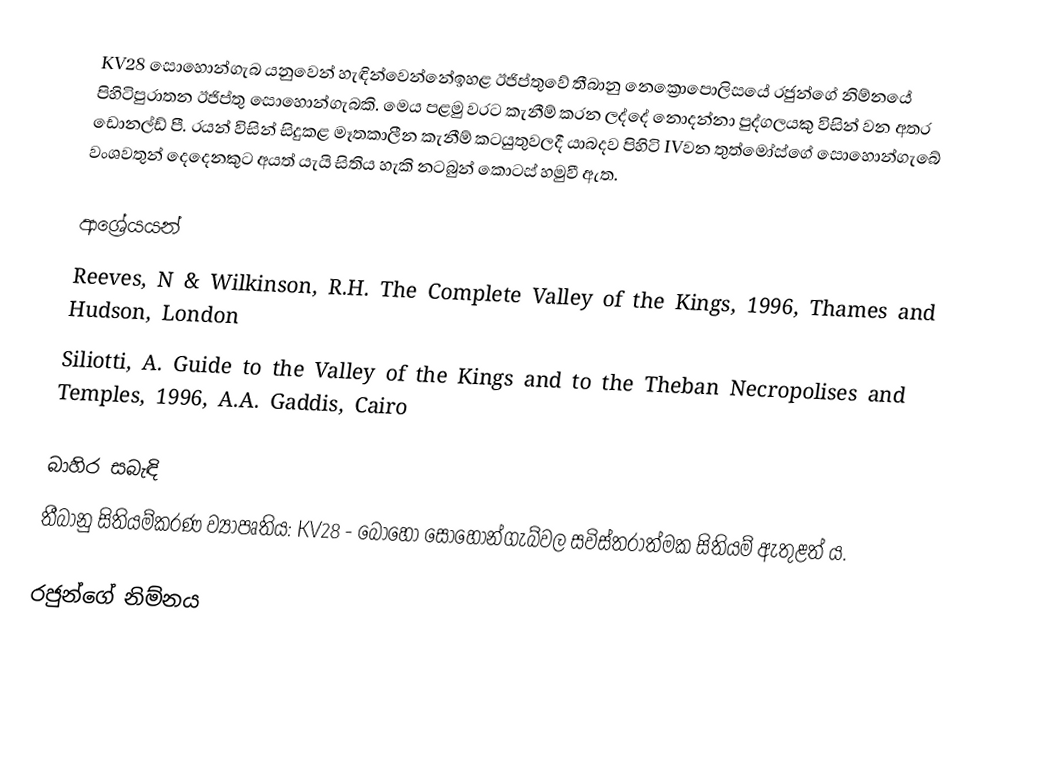
KV28 සොහොන්ගැබ යනුවෙන් හැඳින්වෙන්නේඉහළ ඊජිප්තුවේ තීබානු නෙක්‍රොපොලිසයේ රජුන්ගේ නිම්නයේ පිහිටිපුරාතන ඊජිප්තු සොහොන්ගැබකි. මෙය පළමු වරට කැනීම් කරන ලද්දේ නොදන්නා පුද්ගලයකු විසින් වන අතර ඩොනල්ඩ් පී. රයන් විසින් සිදුකළ මෑතකාලීන කැනීම් කටයුතුවලදී යාබදව පිහිටි IVවන තුත්මෝස්ගේ සොහොන්ගැබේ වංශවතුන් දෙදෙනකුට අයත් යැයි සිතිය හැකි නටබුන් කොටස් හමුවී ඇත.

ආශ්‍රේයයන්
Reeves, N & Wilkinson, R.H. The Complete Valley of the Kings, 1996, Thames and Hudson, London
Siliotti, A. Guide to the Valley of the Kings and to the Theban Necropolises and Temples, 1996, A.A. Gaddis, Cairo

බාහිර සබැඳි
තීබානු සිතියම්කරණ ව්‍යාපෘතිය: KV28 - බොහෝ සොහොන්ගැබ්වල සවිස්තරාත්මක සිතියම් ඇතුළත් ය.

රජුන්ගේ නිම්නය